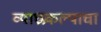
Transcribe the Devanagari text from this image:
व्याघ्रप्रकल्पाचा